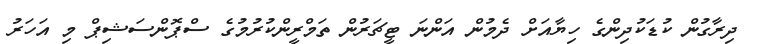
ދިރާގުން ކުޑަކުދިންގެ ހިޔާއަށް ދެމުން އަންނަ ޓީޗަރުން ތަމްރީންކުރުމުގެ ސްޕޮންސަޝިޕް މި އަހަރު